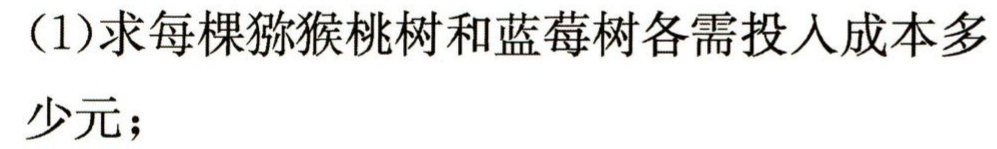
（1）求每棵猕猴桃树和蓝莓树各需投入成本多少元；